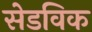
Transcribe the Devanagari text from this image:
सेडविक